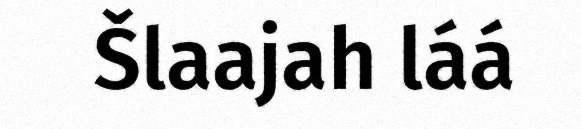
Šlaajah láá